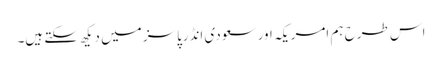
اس طرح ہم امریکہ اور سعودی انڈرپاسز میں دیکھ سکتے ہیں۔